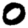
Digit: 0